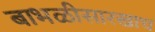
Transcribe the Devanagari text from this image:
बाभळीसारखाच